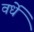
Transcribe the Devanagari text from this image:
वर्धे